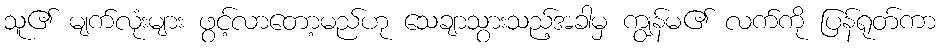
သူ၏ မျက်လုံးများ ဖွင့်လာတော့မည်ဟု သေချာသွားသည့်အခါမှ ကျွန်မ၏ လက်ကို ပြန်ရုတ်ကာ